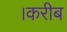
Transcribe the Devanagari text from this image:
।करीब